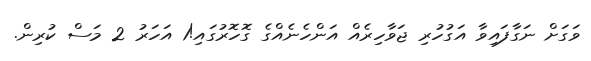
ވަގަށް ނަގާފައިވާ އަގުހުރި ޖަވާހިރެއް އަންހެނެއްގެ ގޮހޮރުގައި!1 އަހަރު 2 މަސް ކުރިން.